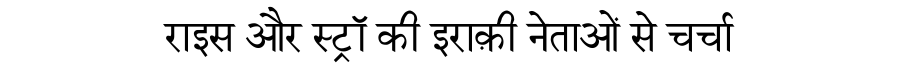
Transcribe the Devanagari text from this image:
राइस और स्ट्रॉ की इराक़ी नेताओं से चर्चा